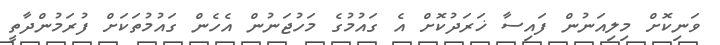
ވަނިކޮށް މިލިއަނުން ފައިސާ ޚަރަދުކޮށް އެ ގައުމުގެ މަހުޖަނުން އެހެން ގައުމުތަކަށް ފުރަމުންދާތީ